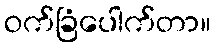
ဝက်ခြံပေါက်တာ။